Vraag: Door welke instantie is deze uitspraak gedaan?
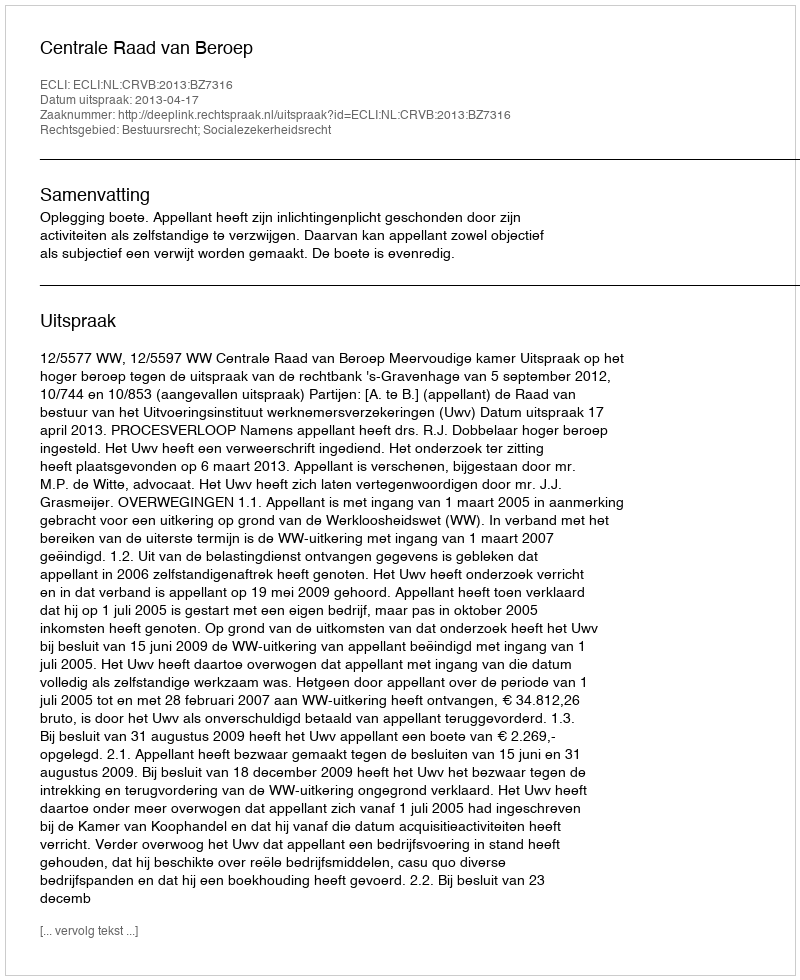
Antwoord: Centrale Raad van Beroep